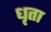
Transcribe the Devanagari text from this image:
धृता